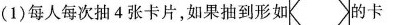
(1)每人每次抽4张卡